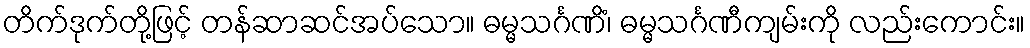
တိက်ဒုက်တို့ဖြင့် တန်ဆာဆင်အပ်သော။ ဓမ္မသင်္ဂဏိံ၊ ဓမ္မသင်္ဂဏီကျမ်းကို လည်းကောင်း။